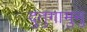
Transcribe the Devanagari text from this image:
दुतुगामुनु